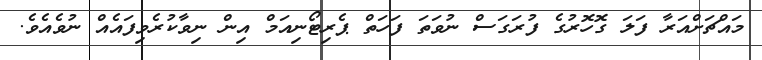
މައްޗަށްއަރާ ފަލަ ގޮހޮރުގެ ފުރަގަސް ނުވަތަ ފަހަތް ޕެރިޓޯނިއަމް އިން ނިވާކުރެވިފައެއް ނުވެއެވެ.